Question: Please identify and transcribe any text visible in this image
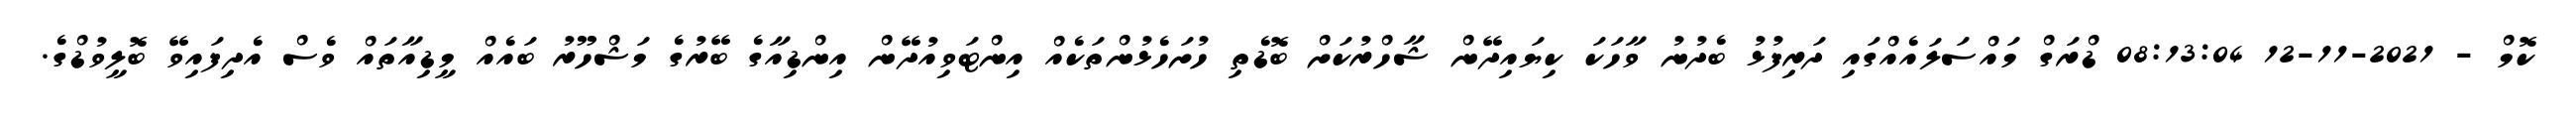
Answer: ކޮމް - 2021-11-12 08:13:04 ޑްރަގް މައްސަލައެއްގައި ދަރިފުޅު ބެދުނު ވާހަކަ ކިޔައިދޭން ޝާހްރުކަށް ބޮޑެތި ހުށަހެޅުންތަކެއް އިންޓަވިއުދޭން އިންޑިއާގެ ބޭރުގެ މަޝްހޫރު ބައެއް މީޑިއާތައް ވެސް އެދިފައިވޭ ބޮލީވުޑްގެ.